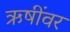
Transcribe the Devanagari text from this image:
ऋषींवर